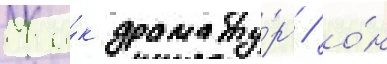
Ка́к драмату́рг / о́н